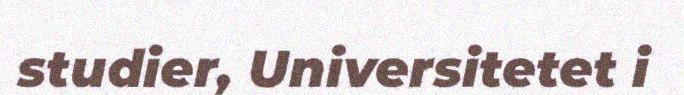
studier, Universitetet i